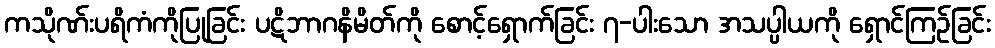
ကသိုဏ်းပရိကံကိုပြုခြင်း ပဋိဘာဂနိမိတ်ကို စောင့်ရှောက်ခြင်း ၇-ပါးသော အသပ္ပါယကို ရှောင်ကြဉ်ခြင်း